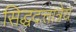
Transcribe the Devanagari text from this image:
सिद्धदत्तात्रेय